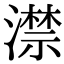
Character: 澿